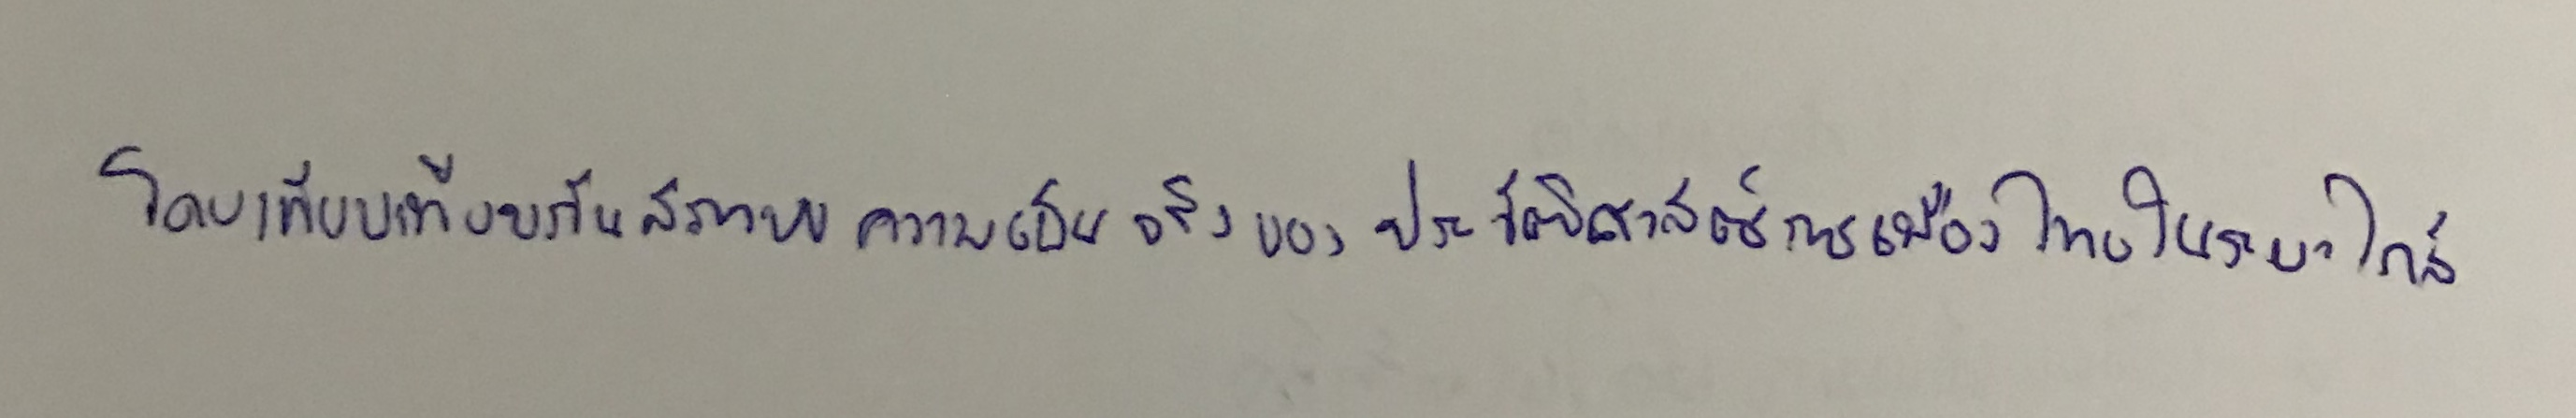
โดยเทียบเทียบกับสภาพความเป็นจริงของประวัติศาสตร์การเมืองไทยในระยะใกล้